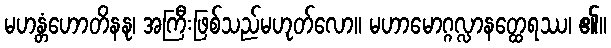
မဟန္တံဟောတိနနု၊ အကြီးဖြစ်သည်မဟုတ်လော။ မဟာမောဂ္ဂလ္လာနတ္ထေရဿ၊ ၏။